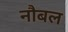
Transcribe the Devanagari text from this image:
नौबल